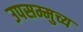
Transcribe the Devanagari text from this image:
उपसम्मुच्य